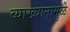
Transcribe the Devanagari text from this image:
व्याख्यानामुळे